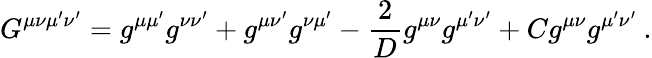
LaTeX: G^{\mu\nu\mu^{\prime}\nu^{\prime}}=g^{\mu\mu^{\prime}}g^{\nu\nu^{\prime}}+g^{\mu\nu^{\prime}}g^{\nu\mu^{\prime}}-{\frac{2}{D}}g^{\mu\nu}g^{\mu^{\prime}\nu^{\prime}}+Cg^{\mu\nu}g^{\mu^{\prime}\nu^{\prime}}\: .